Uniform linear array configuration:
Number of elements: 4
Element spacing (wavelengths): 0.25
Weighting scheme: binomial
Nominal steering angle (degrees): -15
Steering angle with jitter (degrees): -13.338
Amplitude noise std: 0.05
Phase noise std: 0.05

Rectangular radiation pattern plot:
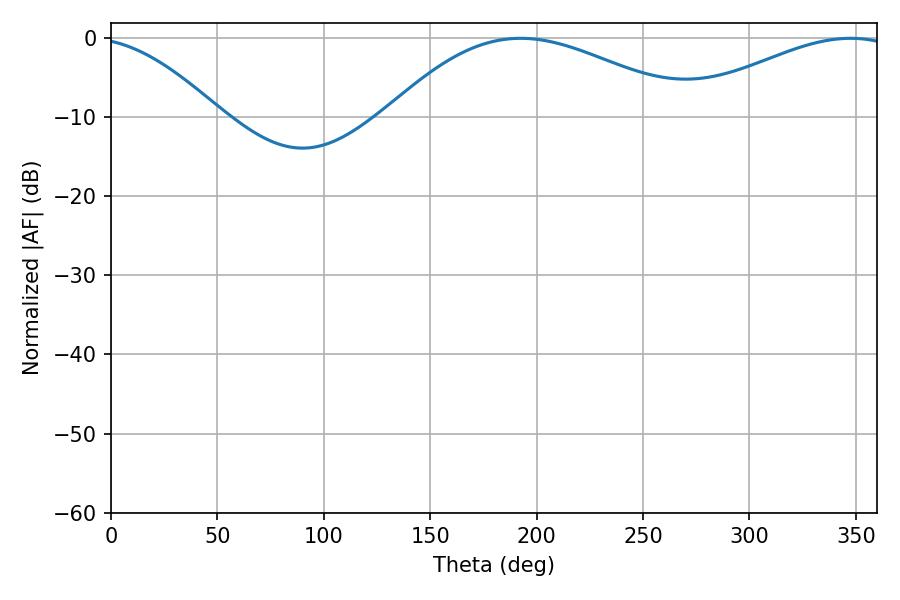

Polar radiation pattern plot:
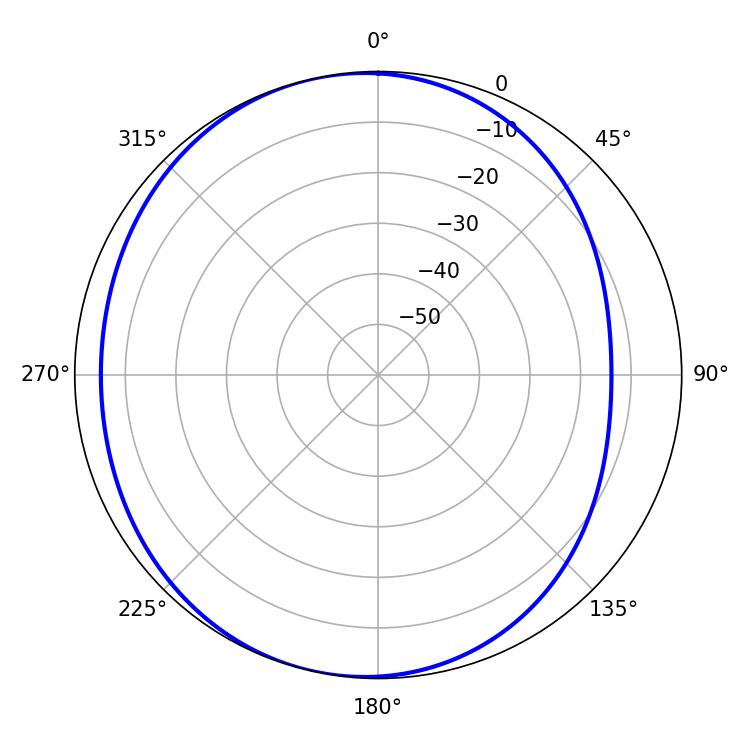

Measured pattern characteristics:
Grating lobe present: FALSE
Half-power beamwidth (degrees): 78.12
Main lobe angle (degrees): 192.42